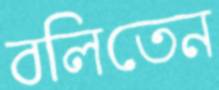
বলিতেন